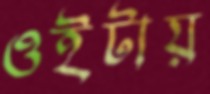
ওইটায়